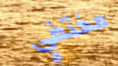
مختفي